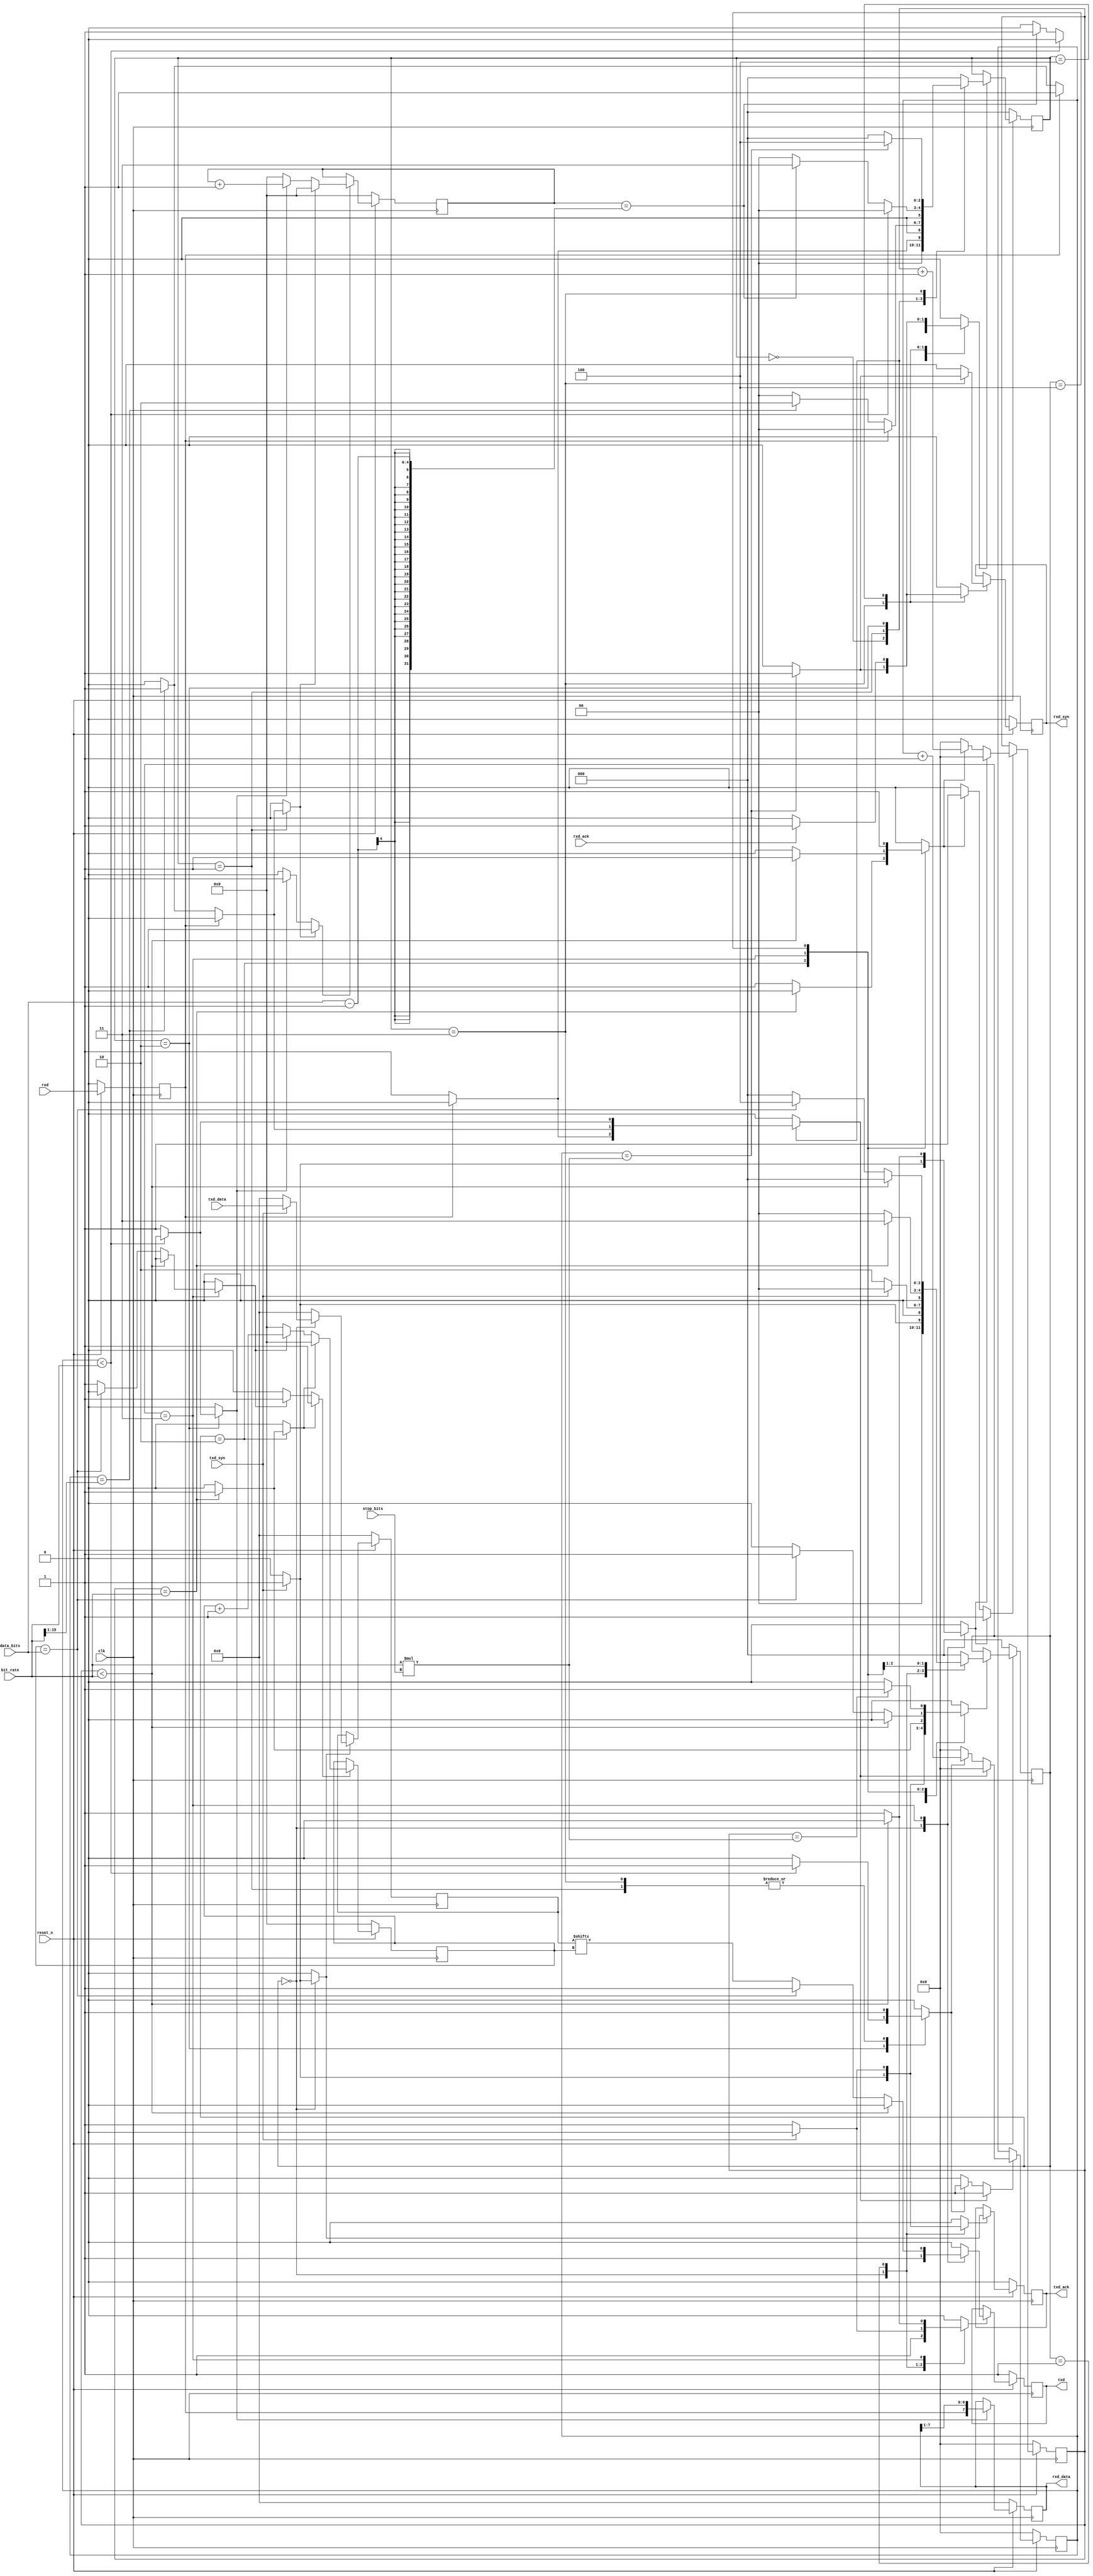
//======================================================================
//
// uart_core.v
// -----------
// A simple universal asynchronous receiver/transmitter (UART)
// interface. The interface contains 16 byte wide transmit and
// receive buffers and can handle start and stop bits. But in
// general is rather simple. The core also has a
// loopback mode to allow testing of a serial link.
//
// Note that the UART has a separate API interface to allow
// a control core to change settings such as speed. But the core
// has default values to allow it to start operating directly
// after reset. No config should be needed.
//
//
// Copyright (c) 2014, Secworks Sweden AB
//
// Redistribution and use in source and binary forms, with or
// without modification, are permitted provided that the following
// conditions are met:
//
// 1. Redistributions of source code must retain the above copyright
//    notice, this list of conditions and the following disclaimer.
//
// 2. Redistributions in binary form must reproduce the above copyright
//    notice, this list of conditions and the following disclaimer in
//    the documentation and/or other materials provided with the
//    distribution.
//
// THIS SOFTWARE IS PROVIDED BY THE COPYRIGHT HOLDERS AND CONTRIBUTORS
// "AS IS" AND ANY EXPRESS OR IMPLIED WARRANTIES, INCLUDING, BUT NOT
// LIMITED TO, THE IMPLIED WARRANTIES OF MERCHANTABILITY AND FITNESS
// FOR A PARTICULAR PURPOSE ARE DISCLAIMED. IN NO EVENT SHALL THE
// COPYRIGHT OWNER OR CONTRIBUTORS BE LIABLE FOR ANY DIRECT, INDIRECT,
// INCIDENTAL, SPECIAL, EXEMPLARY, OR CONSEQUENTIAL DAMAGES (INCLUDING,
// BUT NOT LIMITED TO, PROCUREMENT OF SUBSTITUTE GOODS OR SERVICES;
// LOSS OF USE, DATA, OR PROFITS; OR BUSINESS INTERRUPTION) HOWEVER
// CAUSED AND ON ANY THEORY OF LIABILITY, WHETHER IN CONTRACT,
// STRICT LIABILITY, OR TORT (INCLUDING NEGLIGENCE OR OTHERWISE)
// ARISING IN ANY WAY OUT OF THE USE OF THIS SOFTWARE, EVEN IF
// ADVISED OF THE POSSIBILITY OF SUCH DAMAGE.
//
//======================================================================

module uart_core(
                 input wire          clk,
                 input wire          reset_n,

                 // Configuration parameters
                 input wire [15 : 0] bit_rate,
                 input wire [3 : 0]  data_bits,
                 input wire [1 : 0]  stop_bits,

                 // External data interface
                 input wire          rxd,
                 output wire         txd,

                 // Internal receive interface.
                 output wire         rxd_syn,
                 output [7 : 0]      rxd_data,
                 input wire          rxd_ack,

                 // Internal transmit interface.
                 input wire          txd_syn,
                 input wire [7 : 0]  txd_data,
                 output wire         txd_ack
                );


  //----------------------------------------------------------------
  // Internal constant and parameter definitions.
  //----------------------------------------------------------------
  localparam ERX_IDLE  = 0;
  localparam ERX_START = 1;
  localparam ERX_BITS  = 2;
  localparam ERX_STOP  = 3;
  localparam ERX_SYN   = 4;

  localparam ETX_IDLE  = 0;
  localparam ETX_ACK   = 1;
  localparam ETX_START = 2;
  localparam ETX_BITS  = 3;
  localparam ETX_STOP  = 4;


  //----------------------------------------------------------------
  // Registers including update variables and write enable.
  //----------------------------------------------------------------
  reg          rxd_reg;

  reg [7 : 0]  rxd_byte_reg;
  reg          rxd_byte_we;

  reg [4 : 0]  rxd_bit_ctr_reg;
  reg [4 : 0]  rxd_bit_ctr_new;
  reg          rxd_bit_ctr_we;
  reg          rxd_bit_ctr_rst;
  reg          rxd_bit_ctr_inc;

  reg [15 : 0] rxd_bitrate_ctr_reg;
  reg [15 : 0] rxd_bitrate_ctr_new;
  reg          rxd_bitrate_ctr_we;
  reg          rxd_bitrate_ctr_rst;
  reg          rxd_bitrate_ctr_inc;

  reg          rxd_syn_reg;
  reg          rxd_syn_new;
  reg          rxd_syn_we;

  reg [2 : 0]  erx_ctrl_reg;
  reg [2 : 0]  erx_ctrl_new;
  reg          erx_ctrl_we;

  reg          txd_reg;
  reg          txd_new;
  reg          txd_we;

  reg [7 : 0]  txd_byte_reg;
  reg [7 : 0]  txd_byte_new;
  reg          txd_byte_we;

  reg [4 : 0]  txd_bit_ctr_reg;
  reg [4 : 0]  txd_bit_ctr_new;
  reg          txd_bit_ctr_we;
  reg          txd_bit_ctr_rst;
  reg          txd_bit_ctr_inc;

  reg [15 : 0] txd_bitrate_ctr_reg;
  reg [15 : 0] txd_bitrate_ctr_new;
  reg          txd_bitrate_ctr_we;
  reg          txd_bitrate_ctr_rst;
  reg          txd_bitrate_ctr_inc;

  reg          txd_ack_reg;
  reg          txd_ack_new;
  reg          txd_ack_we;

  reg [2 : 0]  etx_ctrl_reg;
  reg [2 : 0]  etx_ctrl_new;
  reg          etx_ctrl_we;


  //----------------------------------------------------------------
  // Wires.
  //----------------------------------------------------------------
  wire [15 : 0] half_bit_rate;


  //----------------------------------------------------------------
  // Concurrent connectivity for ports etc.
  //----------------------------------------------------------------
  assign txd      = txd_reg;
  assign rxd_syn  = rxd_syn_reg;
  assign rxd_data = rxd_byte_reg;
  assign txd_ack  = txd_ack_reg;

  assign half_bit_rate = {1'b0, bit_rate[15 : 1]};


  //----------------------------------------------------------------
  // reg_update
  //
  // Update functionality for all registers in the core.
  // All registers are positive edge triggered with
  // synchronous active low reset.
  //----------------------------------------------------------------
  always @ (posedge clk)
    begin: reg_update
      if (!reset_n) begin
        rxd_reg             <= 1'b0;
        rxd_byte_reg        <= 8'h0;
        rxd_bit_ctr_reg     <= 5'h0;
        rxd_bitrate_ctr_reg <= 16'h0;
        rxd_syn_reg         <= 0;
        erx_ctrl_reg        <= ERX_IDLE;

        txd_reg             <= 1'b1;
        txd_byte_reg        <= 8'h0;
        txd_bit_ctr_reg     <= 5'h0;
        txd_bitrate_ctr_reg <= 16'h0;
        txd_ack_reg         <= 1'b0;
        etx_ctrl_reg        <= ETX_IDLE;
      end

      else begin
        rxd_reg <= rxd;

        if (rxd_byte_we) begin
          rxd_byte_reg <= {rxd_reg, rxd_byte_reg[7 : 1]};
        end

        if (rxd_bit_ctr_we) begin
          rxd_bit_ctr_reg <= rxd_bit_ctr_new;
        end

        if (rxd_bitrate_ctr_we) begin
          rxd_bitrate_ctr_reg <= rxd_bitrate_ctr_new;
        end

        if (rxd_syn_we) begin
          rxd_syn_reg <= rxd_syn_new;
        end

        if (erx_ctrl_we) begin
          erx_ctrl_reg <= erx_ctrl_new;
        end

        if (txd_we) begin
          txd_reg <= txd_new;
        end

        if (txd_byte_we) begin
          txd_byte_reg <= txd_byte_new;
        end

        if (txd_bit_ctr_we) begin
          txd_bit_ctr_reg <= txd_bit_ctr_new;
        end

        if (txd_bitrate_ctr_we) begin
          txd_bitrate_ctr_reg <= txd_bitrate_ctr_new;
        end

        if (txd_ack_we) begin
          txd_ack_reg <= txd_ack_new;
        end

        if (etx_ctrl_we) begin
          etx_ctrl_reg <= etx_ctrl_new;
        end
      end
    end // reg_update


  //----------------------------------------------------------------
  // rxd_bit_ctr
  //
  // Bit counter for receiving data on the external
  // serial interface.
  //----------------------------------------------------------------
  always @*
    begin: rxd_bit_ctr
      rxd_bit_ctr_new = 5'h0;
      rxd_bit_ctr_we  = 1'b0;

      if (rxd_bit_ctr_rst) begin
        rxd_bit_ctr_new = 5'h0;
        rxd_bit_ctr_we  = 1'b1;
      end

      else if (rxd_bit_ctr_inc) begin
        rxd_bit_ctr_new = rxd_bit_ctr_reg + 1'h1;
        rxd_bit_ctr_we  = 1'b1;
      end
    end // rxd_bit_ctr


  //----------------------------------------------------------------
  // rxd_bitrate_ctr
  //
  // Bitrate counter for receiving data on the external
  // serial interface.
  //----------------------------------------------------------------
  always @*
    begin: rxd_bitrate_ctr
      rxd_bitrate_ctr_new = 16'h0;
      rxd_bitrate_ctr_we  = 1'h0;

      if (rxd_bitrate_ctr_rst) begin
        rxd_bitrate_ctr_new = 16'h0;
        rxd_bitrate_ctr_we  = 1'b1;
      end

      else if (rxd_bitrate_ctr_inc) begin
        rxd_bitrate_ctr_new = rxd_bitrate_ctr_reg + 1'h1;
        rxd_bitrate_ctr_we  = 1'b1;
      end
    end // rxd_bitrate_ctr



  //----------------------------------------------------------------
  // txd_bit_ctr
  //
  // Bit counter for transmitting data on the external
  // serial interface.
  //----------------------------------------------------------------
  always @*
    begin: txd_bit_ctr
      txd_bit_ctr_new = 5'h0;
      txd_bit_ctr_we  = 1'h0;

      if (txd_bit_ctr_rst) begin
        txd_bit_ctr_new = 5'h0;
        txd_bit_ctr_we  = 1'h1;
      end

      else if (txd_bit_ctr_inc) begin
        txd_bit_ctr_new = txd_bit_ctr_reg + 1'h1;
        txd_bit_ctr_we  = 1'b1;
      end
    end // txd_bit_ctr


  //----------------------------------------------------------------
  // txd_bitrate_ctr
  //
  // Bitrate counter for transmitting data on the external
  // serial interface.
  //----------------------------------------------------------------
  always @*
    begin: txd_bitrate_ctr
      txd_bitrate_ctr_new = 16'h0;
      txd_bitrate_ctr_we  = 0;

      if (txd_bitrate_ctr_rst) begin
        txd_bitrate_ctr_new = 16'h0;
        txd_bitrate_ctr_we  = 1;
      end

      else if (txd_bitrate_ctr_inc) begin
        txd_bitrate_ctr_new = txd_bitrate_ctr_reg + 1'h1;
        txd_bitrate_ctr_we  = 1;
      end
    end // txd_bitrate_ctr


  //----------------------------------------------------------------
  // external_rx_engine
  //
  // Logic that implements the receive engine towards
  // the external interface. Detects incoming data, collects it,
  // if required checks parity and store correct data into
  // the rx buffer.
  //----------------------------------------------------------------
  always @*
    begin: external_rx_engine
      rxd_bit_ctr_rst     = 0;
      rxd_bit_ctr_inc     = 0;
      rxd_bitrate_ctr_rst = 0;
      rxd_bitrate_ctr_inc = 0;
      rxd_byte_we         = 0;
      rxd_syn_new         = 0;
      rxd_syn_we          = 0;
      erx_ctrl_new        = ERX_IDLE;
      erx_ctrl_we         = 0;

      case (erx_ctrl_reg)
        ERX_IDLE: begin
          if (!rxd_reg) begin
            // Possible start bit detected.
            rxd_bitrate_ctr_rst = 1;
            erx_ctrl_new        = ERX_START;
            erx_ctrl_we         = 1;
          end
        end

        ERX_START: begin
          rxd_bitrate_ctr_inc = 1;
          if (rxd_reg) begin
            // Just a glitch.
            erx_ctrl_new = ERX_IDLE;
            erx_ctrl_we  = 1;
          end

          else begin
            if (rxd_bitrate_ctr_reg == half_bit_rate) begin
              // start bit assumed. We start sampling data.
              rxd_bit_ctr_rst     = 1;
              rxd_bitrate_ctr_rst = 1;
              erx_ctrl_new        = ERX_BITS;
              erx_ctrl_we         = 1;
            end
          end
        end


        ERX_BITS: begin
          if (rxd_bitrate_ctr_reg < bit_rate) begin
            rxd_bitrate_ctr_inc = 1;
          end

          else begin
            rxd_byte_we         = 1;
            rxd_bit_ctr_inc     = 1;
            rxd_bitrate_ctr_rst = 1;
            if (rxd_bit_ctr_reg == data_bits - 1) begin
              erx_ctrl_new = ERX_STOP;
              erx_ctrl_we  = 1;
            end
          end
        end


        ERX_STOP: begin
          rxd_bitrate_ctr_inc = 1;
          if (rxd_bitrate_ctr_reg == bit_rate * stop_bits) begin
            rxd_syn_new  = 1;
            rxd_syn_we   = 1;
            erx_ctrl_new = ERX_SYN;
            erx_ctrl_we  = 1;
          end
        end


        ERX_SYN: begin
          if (rxd_ack) begin
            rxd_syn_new  = 0;
            rxd_syn_we   = 1;
            erx_ctrl_new = ERX_IDLE;
            erx_ctrl_we  = 1;
            end
        end

        default: begin
        end

      endcase // case (erx_ctrl_reg)
    end // external_rx_engine


  //----------------------------------------------------------------
  // external_tx_engine
  //
  // Logic that implements the transmit engine towards
  // the external interface.
  //----------------------------------------------------------------
  always @*
    begin: external_tx_engine
      txd_new             = 0;
      txd_we              = 0;
      txd_byte_new        = 0;
      txd_byte_we         = 0;
      txd_bit_ctr_rst     = 0;
      txd_bit_ctr_inc     = 0;
      txd_bitrate_ctr_rst = 0;
      txd_bitrate_ctr_inc = 0;
      txd_ack_new         = 0;
      txd_ack_we          = 0;
      etx_ctrl_new        = ETX_IDLE;
      etx_ctrl_we         = 0;

      case (etx_ctrl_reg)
        ETX_IDLE: begin
          txd_new = 1;
          txd_we  = 1;
          if (txd_syn) begin
            txd_byte_new        = txd_data;
            txd_byte_we         = 1;
            txd_ack_new         = 1;
            txd_ack_we          = 1;
            txd_bitrate_ctr_rst = 1;
            etx_ctrl_new        = ETX_ACK;
            etx_ctrl_we         = 1;
          end
        end


        ETX_ACK: begin
          if (!txd_syn) begin
            txd_new      = 0;
            txd_we       = 1;
            txd_ack_new  = 0;
            txd_ack_we   = 1;
            etx_ctrl_new = ETX_START;
            etx_ctrl_we  = 1;
          end
        end


        ETX_START: begin
          if (txd_bitrate_ctr_reg == bit_rate) begin
            txd_bit_ctr_rst     = 1;
            etx_ctrl_new        = ETX_BITS;
            etx_ctrl_we         = 1;
          end

          else begin
            txd_bitrate_ctr_inc = 1;
          end
        end


        ETX_BITS: begin
          if (txd_bitrate_ctr_reg < bit_rate) begin
            txd_bitrate_ctr_inc = 1;
          end

          else begin
            txd_bitrate_ctr_rst = 1;
            if (txd_bit_ctr_reg == data_bits) begin
              txd_new      = 1;
              txd_we       = 1;
              etx_ctrl_new = ETX_STOP;
              etx_ctrl_we  = 1;
            end

            else begin
              txd_new         = txd_byte_reg[txd_bit_ctr_reg];
              txd_we          = 1;
              txd_bit_ctr_inc = 1;
            end
          end
        end


        ETX_STOP: begin
          txd_bitrate_ctr_inc = 1;
          if (txd_bitrate_ctr_reg == bit_rate * stop_bits) begin
            etx_ctrl_new = ETX_IDLE;
            etx_ctrl_we  = 1;
          end
        end

        default: begin
        end

      endcase // case (etx_ctrl_reg)
    end // external_tx_engine

endmodule // uart

//======================================================================
// EOF uart.v
//======================================================================